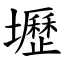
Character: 壢